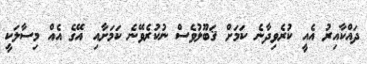
ދައްކާއިރު އެއީ ކުރެވިދާނެ ކަމަށް ޤަބޫލުވެސް ނުކުރެވޭނެ ކަމަށާއި އޭގެ އެއް މިސާލަކީ